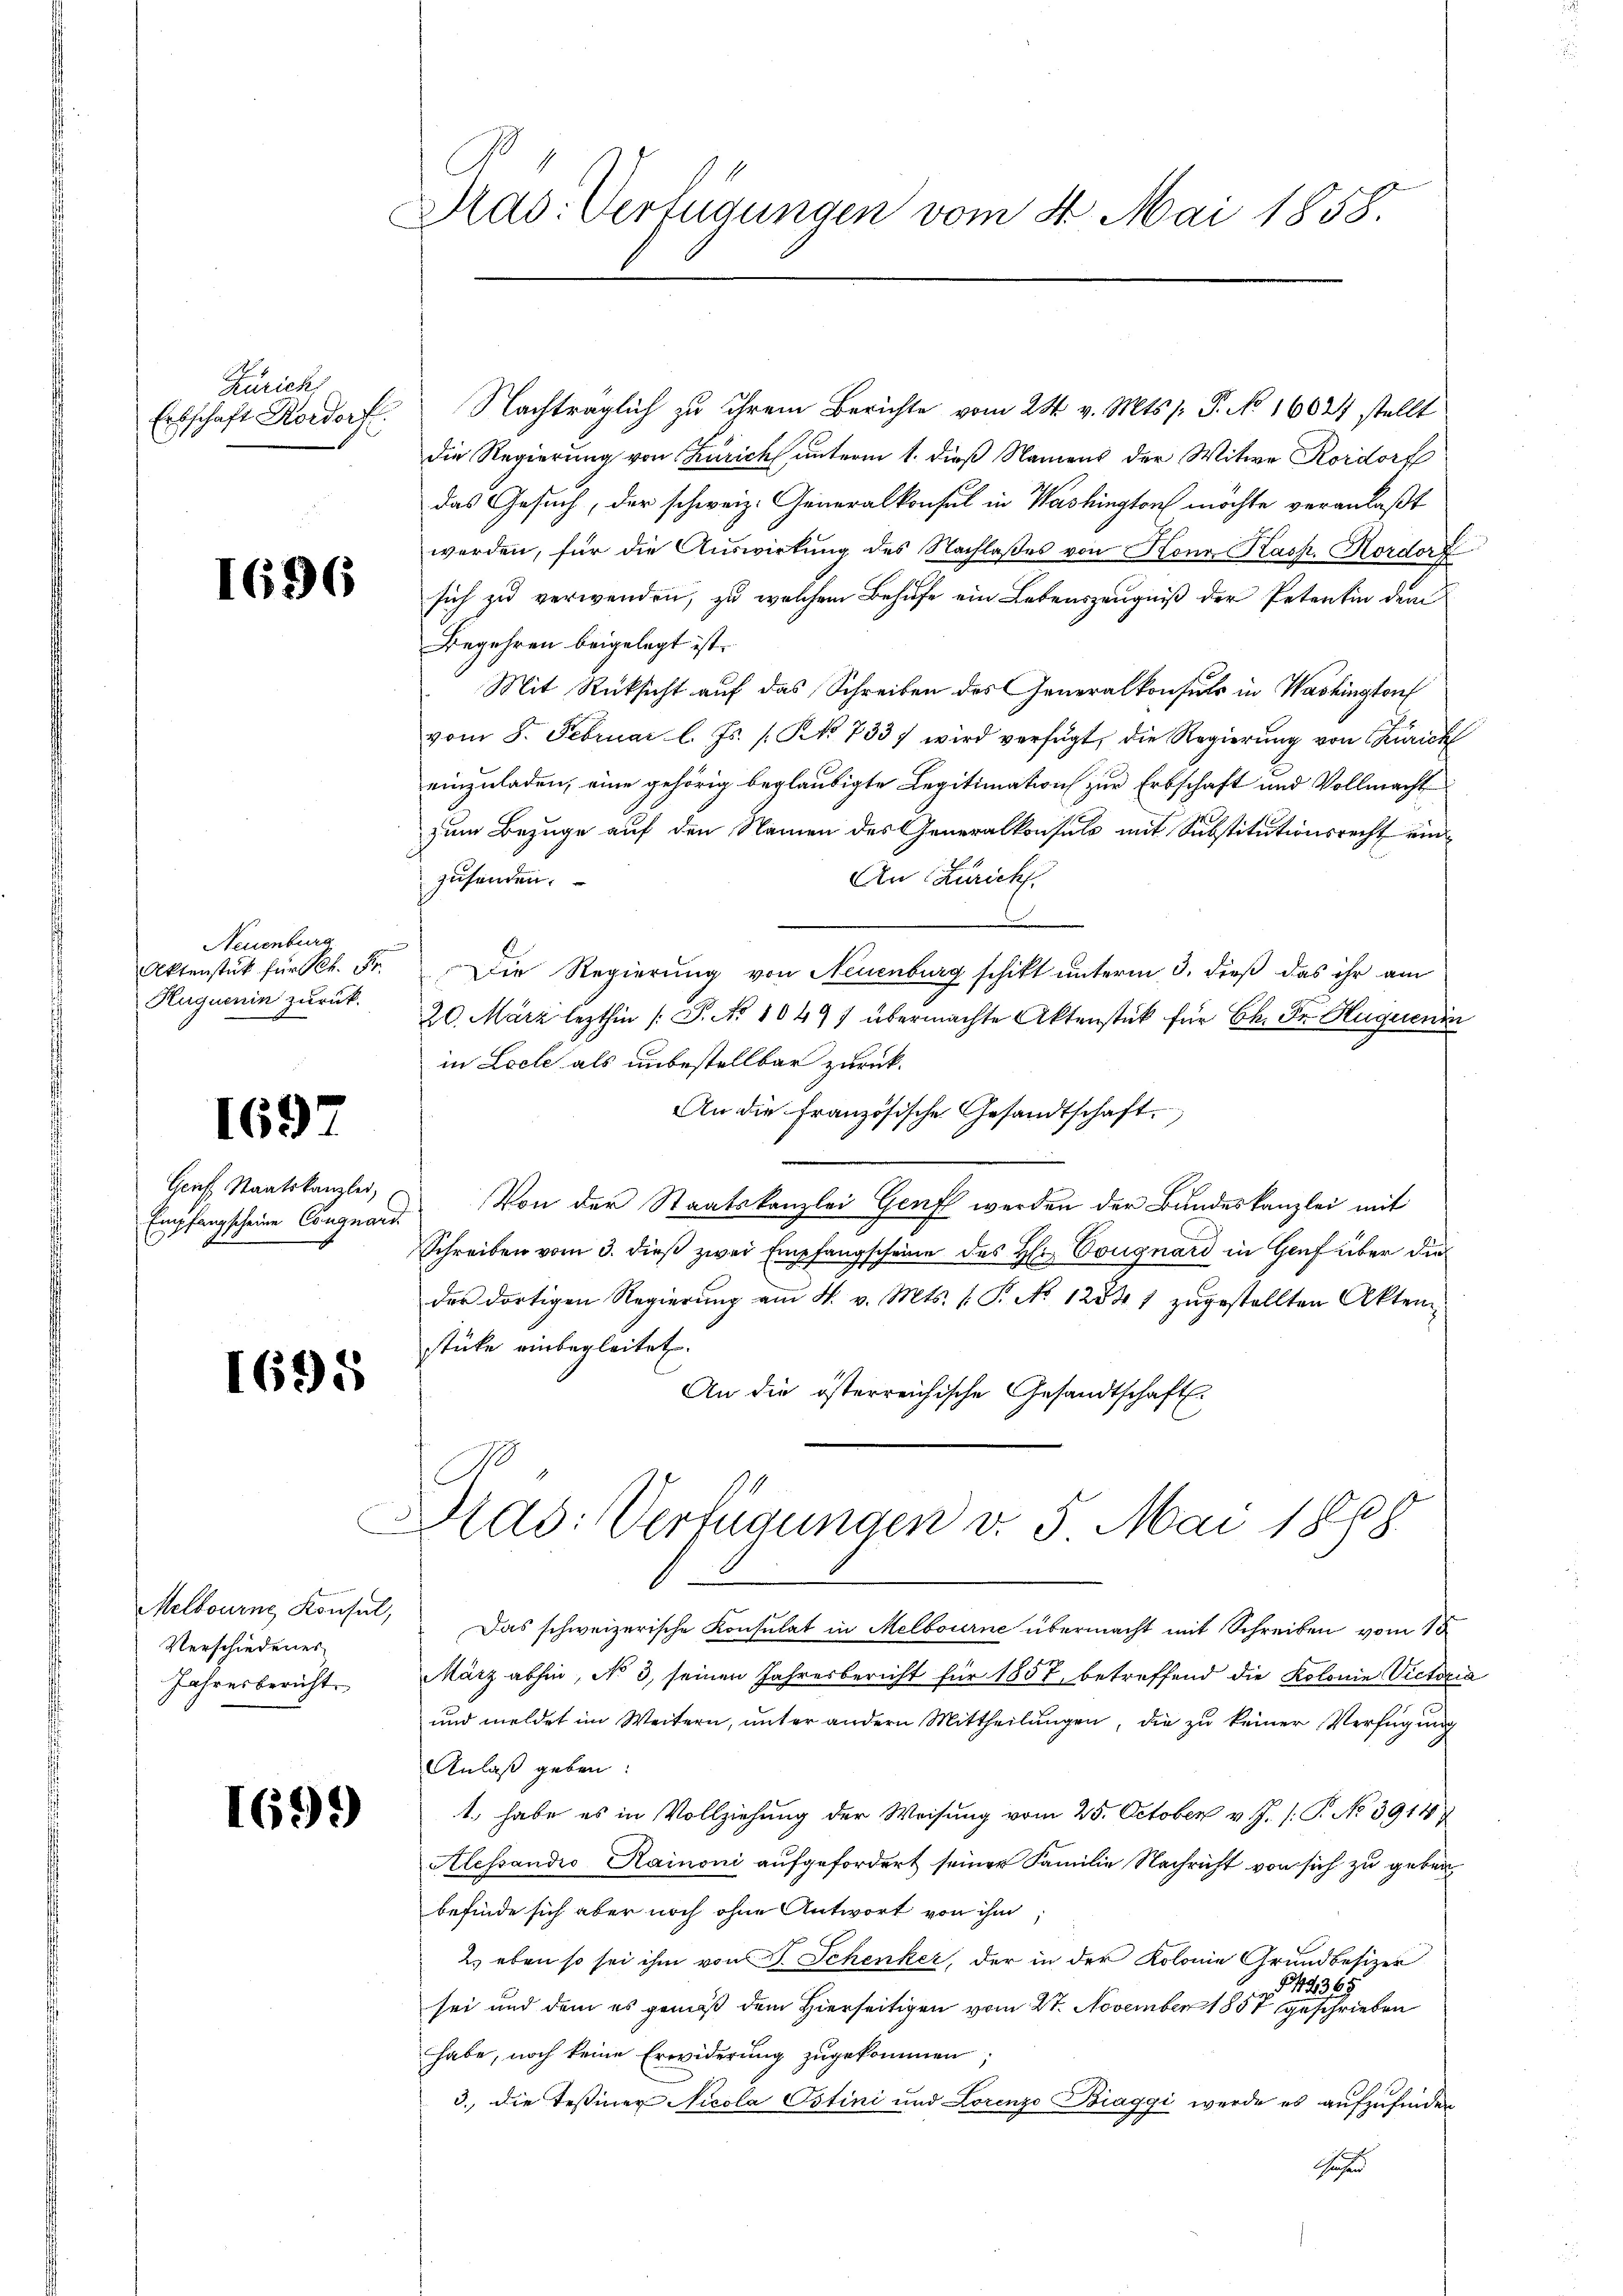
Zürich
Erbschaft Rordorf.

I696

Neuenburg
Aktenstück für K. Fr.
Huquenin zurück.

1697

Graf Staatskanzlei,
Empfangscheine Congnard

1695

Melbourne Konsul,
Verschiedenes
Jahresbericht

1699)

Mad: Verfügungen vom 4. Mai 1858.

e

Nachträglich zu ihrem Berichte vom 24. v. Mts. s. P. No 16021 stellt
die Regierung von Zürich unterm 1. dieß Namens der Witwe Rordorf
das Gesuch, der schweiz. Generalkonsul in Washington möchte veranlaßt
werden, für die Auswirkung des Nachlaßes von Honn Kasp. Kordorf
sich zu verwenden, zu welchem Behufe ein Lebenszeugniß der Petentin dem
Begehren beigelegt ist.
Mit Rücksicht auf das Schreiben des Generalkonsuls in Washington
vom 8. Februar l. Js. [Kk. 733) wird verfügt, die Regierung von Zürich
einzuladen, eine gehörig beglaubigte Legitimation zur Erbschaft und Vollmacht
zum Bezuge auf den Namen des Generalkonsuls mit Substitutionsrecht eind
zusenden.
An Zürich.
Die Regierung von Neuenburg schikt unterm 3. dieß das ihr am
20. März lezthin /: P. No 10491 übermachte Aktenstück für Ch. Fr. Huguenin
in Loele als unbestellbar zurück¬
An die Französische Gesandtschaft
Von der Staatskanzlei Genf werden der Bundeskanzlei mit
Schreiben vom 3. dieß zwei Empfangscheine des H: Vougnárd in Genf über die
der dortigen Regierŭng am 4. v. Mts. (: P. No 12841 zŭgestellten Akten-
stüke einbegleitet.
An die österreichische Gesandtschaft.
.
7
Pad: Verfügungen v. 5. Mai 18
Das schweizerische Konsulat in Melbourne übermacht mit Schreiben vom 15.
März abhin, No 3, seinen Jahresbericht für 1857 betreffend die Kolonie Vietver
und meldet im Weitern, unter andern Mittheilungen, die zu keiner Verfügung
Anlaß geben:
1, habe es in Vollziehung der Weisung vom 25. October v. J. /: P. No 3914/
Alessandio Rainoni aufgefordert seiner Familie Nachricht von sich zu geben
befinde sich aber noch ohne Antwort von ihm
2.) eben so sei ihm von J. Schenker, der in der Kolonie Grundbesizer
§49365
sei und dem es gemäß dem Hierseitigen vom 27. November 1857 geschrieben
habe, noch keine Erwiderung zugekommen
3., die Tessiner Nicola Ostini und Lorenzo Biaggi werde es aufzufinden
Ge